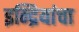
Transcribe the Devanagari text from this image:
इन्द्रियांचा